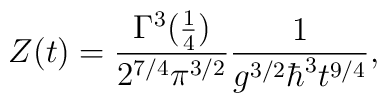
Z(t) = {\Gamma^3({1\over4}) \over 2^{7/4} \pi^{3/2}}{1\over g^{3/2}\hbar^3 t^{9/4}},